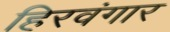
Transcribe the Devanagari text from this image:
हिरवंगार